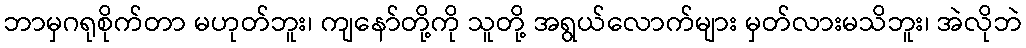
ဘာမှဂရုစိုက်တာ မဟုတ်ဘူး၊ ကျနော်တို့ကို သူတို့ အရွယ်လောက်များ မှတ်လားမသိဘူး၊ အဲလိုဘဲ